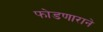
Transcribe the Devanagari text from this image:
फोडणाराने